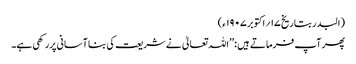
(البدر بتاریخ ۱۷؍اکتوبر ۱۹۰۷ ء)
پھر آپ فرماتے ہیں :’’اللہ تعالیٰ نے شریعت کی بنا آسانی پررکھی ہے۔